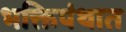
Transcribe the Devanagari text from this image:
भक्तिपंथात